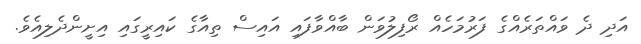
އަދި ދެ ވައްތަރެއްގެ ފަރުމަހެއް ރޯފިލުވަން ބާއްވާފައި އައިސް ތިއާގެ ކައިރީގައި އިށީންދެލިއެވެ.